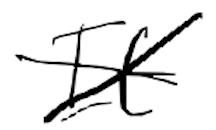
Text: It
Cross-out: cross
Writing tool: digital_black